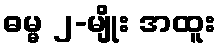
ဓမ္မ ၂-မျိုး အထူး